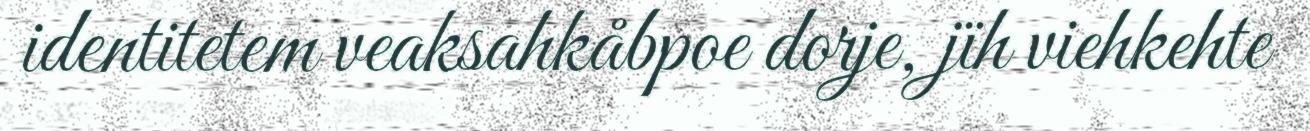
identitetem veaksahkåbpoe dorje, jïh viehkehte